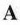
A